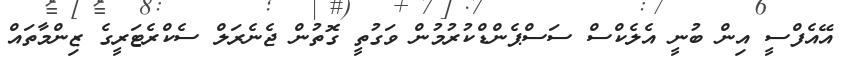
އޭއެފްސީ އިން ބުނީ އެލެކްސް ސަސްޕެންޑްކުރުމުން ވަގުތީ ގޮތުން ޖެނެރަލް ސެކްރެޓަރީގެ ޒިންމާތައް